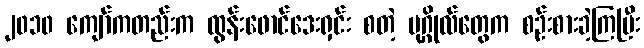
၂၀၁၀ ကျော်ကတည်းက ထွန်းဖောင်ဒေးရှင်း စတဲ့ ပုဂ္ဂိုလ်တွေက စဉ်းစားခဲ့ကြပြီး